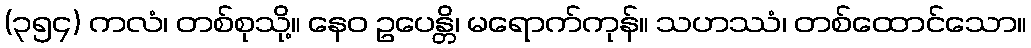
(၃၅၄) ကလံ၊ တစ်စုသို့။ နေဝ ဥပေန္တိ၊ မရောက်ကုန်။ သဟဿံ၊ တစ်ထောင်သော။